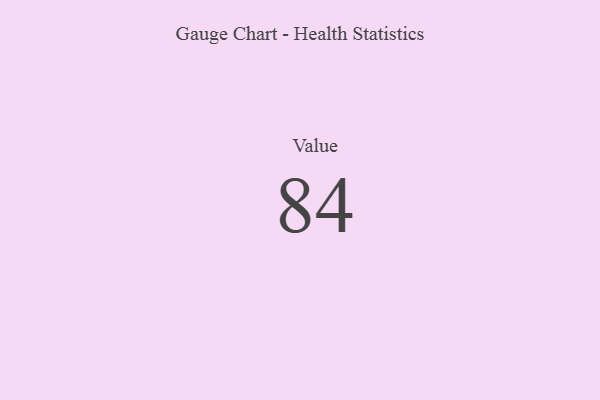
{"axis": {"x": "Metric", "y": "Value"}, "legend": [""], "data": [{"x": "Value", "y": 84, "type": ""}]}